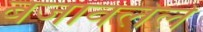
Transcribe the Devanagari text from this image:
बजावलेले